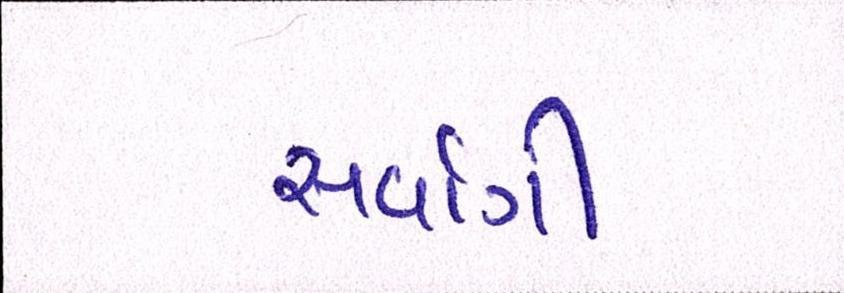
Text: સર્વાગી